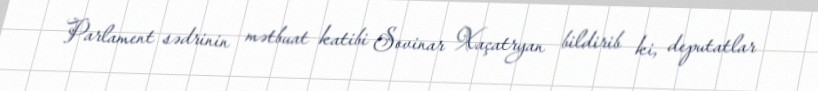
Parlament sədrinin mətbuat katibi Sovinar Xaçatryan bildirib ki, deputatlar